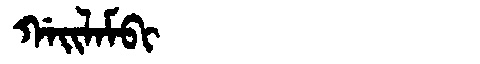
Manchu: ᡤᠠᡳᠯᠠᠮᠪᡳ
Romanization: GAILAMBI